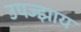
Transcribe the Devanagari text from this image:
उपज्झाय